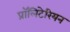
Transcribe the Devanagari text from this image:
प्रॉलिटेरियन